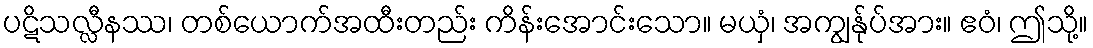
ပဋိသလ္လီနဿ၊ တစ်ယောက်အထီးတည်း ကိန်းအောင်းသော။ မယှံ၊ အကျွန်ုပ်အား။ ဧဝံ၊ ဤသို့။